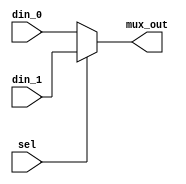
module Mux(
	input wire din_0, din_1, sel, 
	output reg mux_out
	);


always @*
	if (sel == 1'b0)
		mux_out = din_0;
	else 
		mux_out = din_1;
		
endmodule